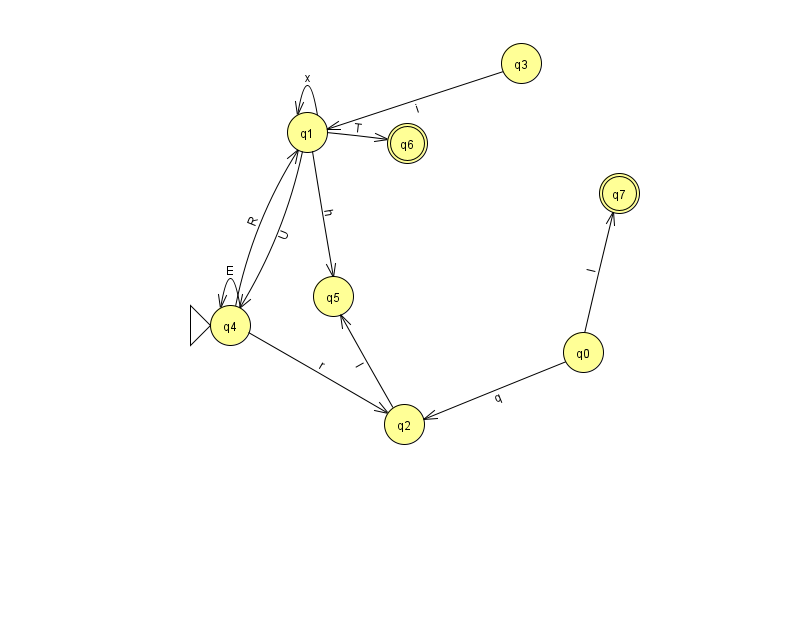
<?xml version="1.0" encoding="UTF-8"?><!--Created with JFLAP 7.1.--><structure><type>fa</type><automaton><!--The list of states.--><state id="0" name="q0"><x>583.0</x><y>339.0</y></state><state id="1" name="q1"><x>307.0</x><y>119.0</y></state><state id="2" name="q2"><x>404.0</x><y>411.0</y></state><state id="3" name="q3"><x>521.0</x><y>50.0</y></state><state id="4" name="q4"><x>230.0</x><y>312.0</y><initial/></state><state id="5" name="q5"><x>333.0</x><y>283.0</y></state><state id="6" name="q6"><x>407.0</x><y>130.0</y><final/></state><state id="7" name="q7"><x>619.0</x><y>180.0</y><final/></state><!--The list of transitions.--><transition><from>0</from><to>2</to><read>q</read></transition><transition><from>1</from><to>5</to><read>h</read></transition><transition><from>4</from><to>1</to><read>R</read></transition><transition><from>1</from><to>6</to><read>T</read></transition><transition><from>1</from><to>4</to><read>U</read></transition><transition><from>4</from><to>4</to><read>E</read></transition><transition><from>0</from><to>7</to><read>l</read></transition><transition><from>1</from><to>1</to><read>x</read></transition><transition><from>3</from><to>1</to><read>i</read></transition><transition><from>2</from><to>5</to><read>I</read></transition><transition><from>4</from><to>2</to><read>r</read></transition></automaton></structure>